Annual report on the working of the mental hospitals in the Madras Presidency - 1912-1932
Year: 1912
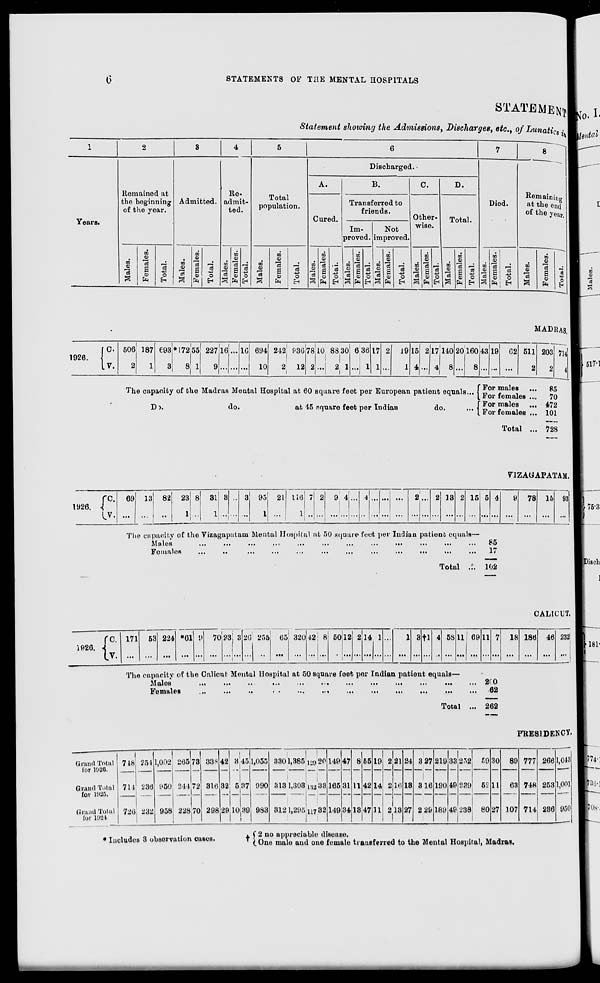
6
STATEMENTS OF THE MENTAL HOSPITALS
STATEMENT
Statement showing the Admissions, Discharges, etc., of Lunatics in
1
Years.
2
Remained at
the beginning
of the year.
Males.
Females.
Total.
3
Admitted.
Males.
Females.
Total.
4
Re-
admit-
ted.
Males.
Females.
Total.
5
Total
population.
Males.
Females.
Total.
6
Discharged.
A.
Cured.
Males.
Females.
Total.
B.
Transferred to
friends.
Im-
proved.
Males.
Females.
Total.
Not
improved.
Males.
Females.
Total.
C.
Other-
wise.
Males.
Females.
Total.
D.
Total.
Males.
Females.
Total.
7
Died.
Males.
Females.
Total.
8
Remaining
at the end
of the year.
Males.
Females.
Total.
MADRAS.
1926.
C.
V.
506
2
187
1
693
3
*172
8
55
1
227
9
16
...
...
...
16
...
694
10
242
2
936
12
78
2
10
...
83
2
30
1
6
...
36
1
17
1
2
...
19
1
15
4
2
...
17
4
140
8
20
...
160
8
The capacity of the Madras Mental Hospital at 60 square feet per European patient equals ...
Do.
do.
at 45 square feet per Indian
do.
...
43
...
19
...
62
...
511
2
For males ...
For females ...
For males ...
For females ...
Total ...
203
2
714
4
85
70
472
101
728
VIZAGAPATAM.
1926.
C.
V.
69
...
13
...
82
...
23
1
8
...
31
1
3
...
...
...
3
...
95
1
21
...
116
1
7
...
2
...
9
...
4
...
...
...
4
...
...
...
...
...
...
...
2
...
...
...
2
...
13
...
2
...
15
...
5
...
4
...
The capacity of the Vizagapatam Mental Hospital at 50 square feet per Indian patient equals—
Males
...
...
...
...
...
...
...
...
...
...
...
...
Females
...
...
...
...
...
...
...
...
...
...
...
Total ...
85
17
102
9
...
78
...
15
...
93
...
CALICUT.
1926.
C.
V.
171
...
53
...
224
...
*61
...
9
...
70
...
23
...
3
...
26
...
255
...
65
...
320
...
42
...
8
...
50
...
12
...
2
...
14
...
1
...
...
...
1
...
3
...
†1
...
4
...
58
...
11
...
69
...
11
...
7
...
The capacity of the Calicut Mental Hospital at 50 square feet per Indian patient equals—
Males
...
...
...
...
...
...
...
...
...
...
...
...
Females
...
...
...
...
...
...
...
...
...
...
...
...
Total ...
200
62
262
18
...
186
...
46
...
232
...
PRESIDENCY.
Grand Total
for 1920.
Grand Total
for 1925.
Grand Total
for 1924
748
714
726
254
236
232
1,002
950
958
265
244
228
73
72
70
338
316
298
42
32
29
3
5
10
45
37
39
1,055
990
983
330
313
312
1,385
1,303
1,295
120
132
117
20
33
32
149
165
149
47
31
34
8
11
13
55
42
47
19
14
11
2
2
2
21
16
13
24
13
27
3
3
2
27
16
29
219
190
189
33
49
49
252
239
238
59
52
80
30
11
27
89
63
107
777
748
714
266
253
286
1,043
1,001
950
* Includes 3 observation cases.
†
2 no appreciable disease.
One male and one female transferred to the Mental Hospital, Madras.